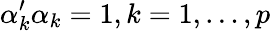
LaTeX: \alpha_{k}^{\prime}\alpha_{k}=1,k=1,\dots,p